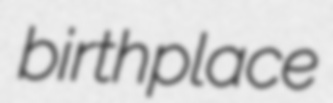
birthplace